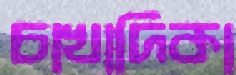
চাখাদিকা